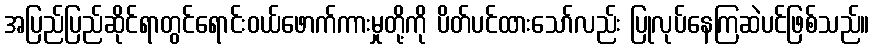
အပြည်ပြည်ဆိုင်ရာတွင်ရောင်းဝယ်ဖောက်ကားမှုတို့ကို ပိတ်ပင်ထားသော်လည်း ပြုလုပ်နေကြဆဲပင်ဖြစ်သည်။